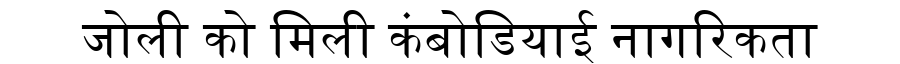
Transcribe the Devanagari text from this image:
जोली को मिली कंबोडियाई नागरिकता